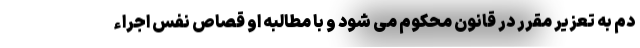
دم به تعزیر مقرر در قانون محکوم می شود و با مطالبه او قصاص نفس اجراء